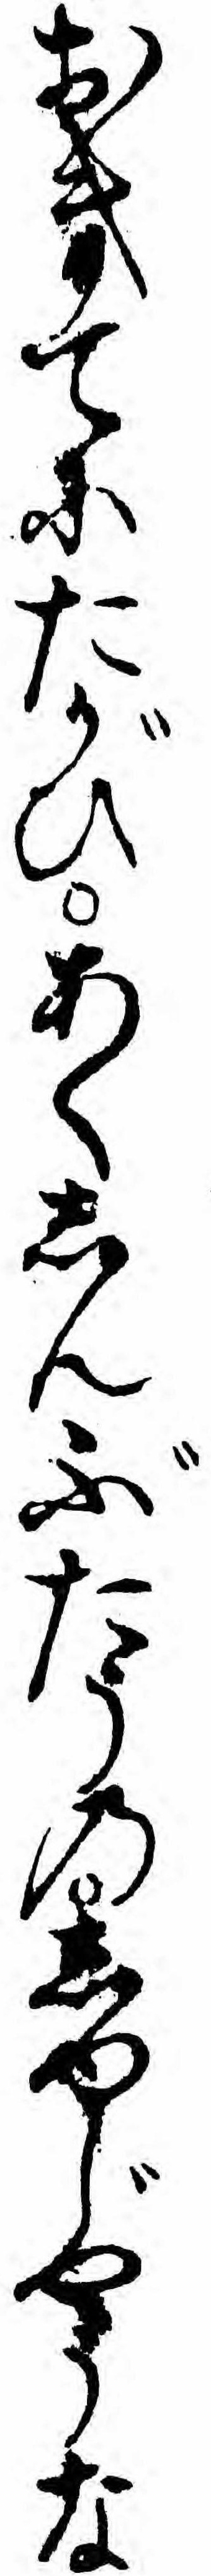
おきてにたがひあくしんぶたうのしやじやうな